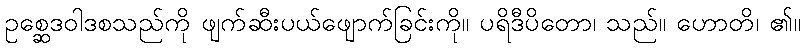
ဥစ္ဆေဒဝါဒစသည်ကို ဖျက်ဆီးပယ်ဖျောက်ခြင်းကို။ ပရိဒီပိတော၊ သည်။ ဟောတိ၊ ၏။